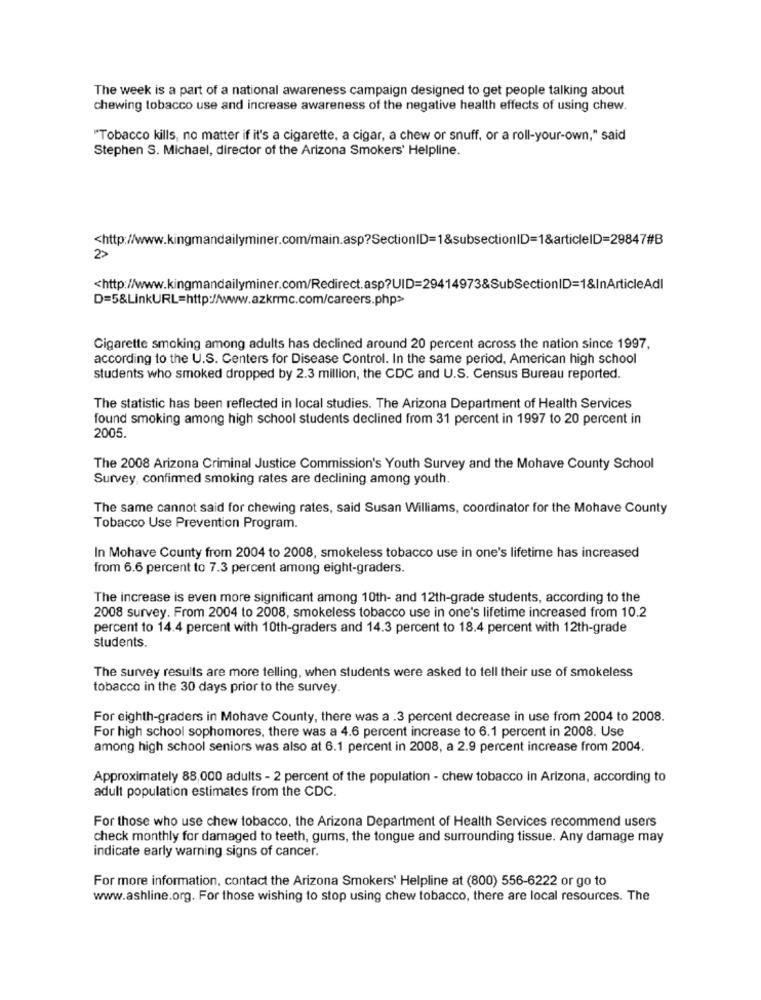
The week is a part of a national awareness campaign designed to get people talking about
chewing tobacco use and increase awareness of the negative health effects of using chew.
"Tobacco kills, no matter if it's a cigarette, a cigar, a chew or snuff, or a roll-your-own," said
Stephen S. Michael, director of the Arizona Smokers' Helpline.
<http://www.kingmandailyminer.com/main.asp?SectionID=1&subsectionID=1&articleID=29847#B
2>
<http://www.kingmandailyminer.com/Redirect.asp?UID=29414973&SubSectionID=1&InArticleAdl
D=5&LinkURL=http://www.azkrmc.com/careers.php>
Cigarette smoking among adults has declined around 20 percent across the nation since 1997,
according to the U.S. Centers for Disease Control. In the same period, American high school
students who smoked dropped by 2.3 million, the CDC and U.S. Census Bureau reported.
The statistic has been reflected in local studies. The Arizona Department of Health Services
found smoking among high school students declined from 31 percent in 1997 to 20 percent in
2005.
The 2008 Arizona Criminal Justice Commission's Youth Survey and the Mohave County School
Survey, confirmed smoking rates are declining among youth.
The same cannot said for chewing rates, said Susan Williams, coordinator for the Mohave County
Tobacco Use Prevention Program.
In Mohave County from 2004 to 2008, smokeless tobacco use in one's lifetime has increased
from 6.6 percent to 7.3 percent among eight-graders.
The increase is even more significant among 10th- and 12th-grade students, according to the
2008 survey. From 2004 to 2008, smokeless tobacco use in one's lifetime increased from 10.2
percent to 14.4 percent with 10th-graders and 14.3 percent to 18.4 percent with 12th-grade
students.
The survey results are more telling, when students were asked to tell their use of smokeless
tobacco in the 30 days prior to the survey.
For eighth-graders in Mohave County, there was a .3 percent decrease in use from 2004 to 2008.
For high school sophomores, there was a 4.6 percent increase to 6.1 percent in 2008. Use
among high school seniors was also at 6.1 percent in 2008, a 2.9 percent increase from 2004.
Approximately 88,000 adults - 2 percent of the population - chew tobacco in Arizona, according to
adult population estimates from the CDC.
For those who use chew tobacco, the Arizona Department of Health Services recommend users
check monthly for damaged to teeth, gums, the tongue and surrounding tissue. Any damage may
indicate early warning signs of cancer.
For more information, contact the Arizona Smokers' Helpline at (800) 556-6222 or go to
www.ashline.org. For those wishing to stop using chew tobacco, there are local resources. The